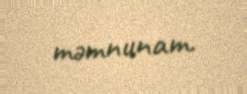
məmnunam.